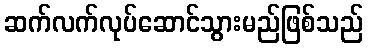
ဆက်လက်လုပ်ဆောင်သွားမည်ဖြစ်သည်